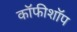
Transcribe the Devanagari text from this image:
कॉफीशॉप